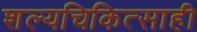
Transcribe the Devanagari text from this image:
शल्यचिकित्साही